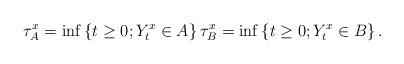
LaTeX: \begin{align*}\tau_A^x=\inf\left\{t\geq 0;Y_t^x \in A\right\} \tau_B^x=\inf\left\{t\geq 0;Y_t^x \in B\right\}.\end{align*}